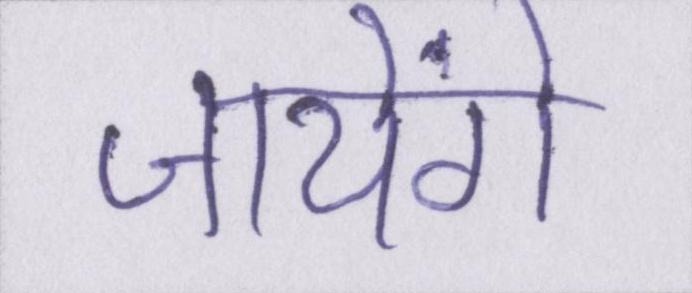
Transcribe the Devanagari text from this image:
जायेंगे